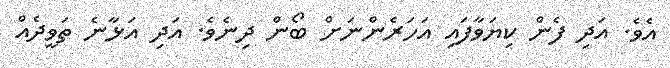
އެވެ. އަދި ފެން ކިޔަވާފައި އަހަރެންނަށް ބޯން ދިނެވެ. އަދި އަޅާނެ ތަވީދެއް